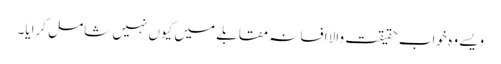
ویسے وہ خواب حقیقت والا افسانہ مقابلے میں کیوں نہیں شامل کرایا۔